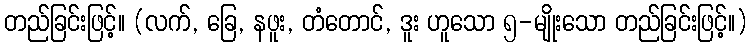
တည်ခြင်းဖြင့်။ (လက်, ခြေ, နဖူး, တံတောင်, ဒူး ဟူသော ၅-မျိုးသော တည်ခြင်းဖြင့်။)